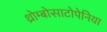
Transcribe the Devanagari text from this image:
थ्रोम्बोसाटोपेनिया